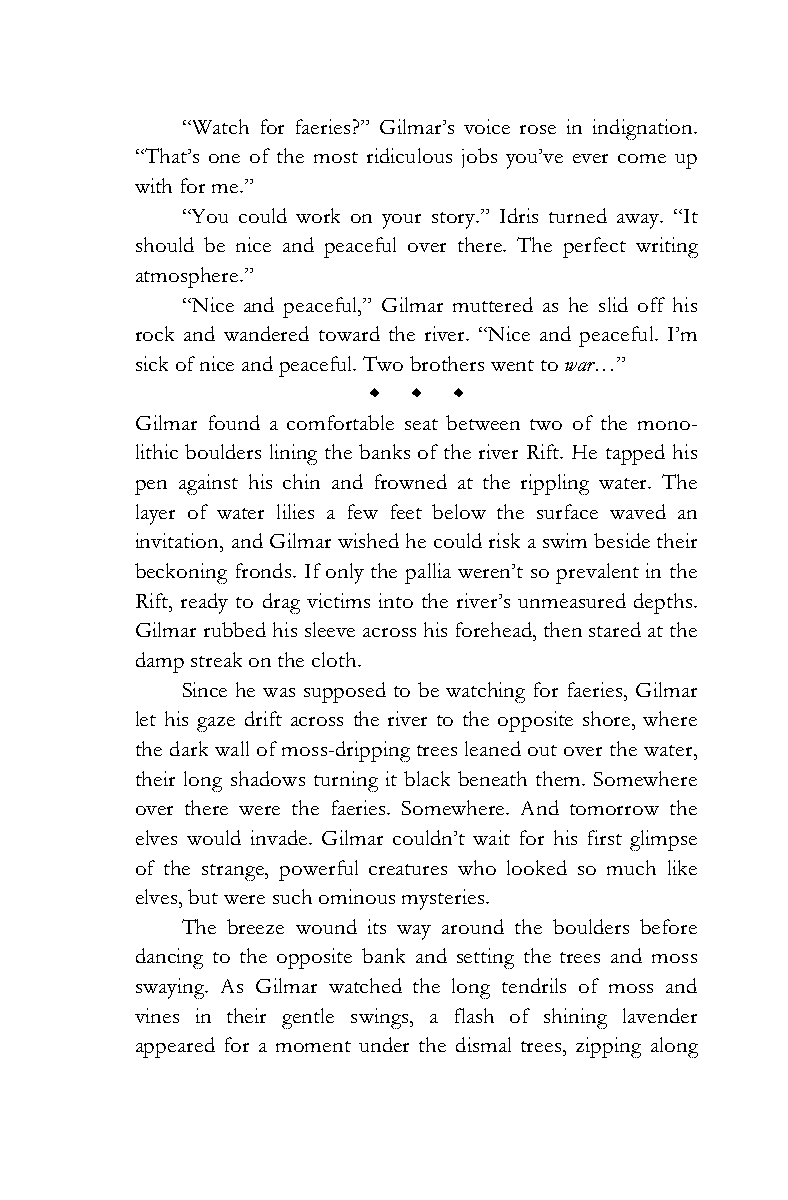
“Watch for faeries?” Gilmar’s voice rose in indignation.
 “That’s one of the most ridiculous jobs you’ve ever come up
 with for me.”
 “You could work on your story.” Idris turned away. “It
 should be nice and peaceful over there. The perfect writing
 atmosphere.”
 “Nice and peaceful,” Gilmar muttered as he slid off his
 rock and wandered toward the river. “Nice and peaceful. I’m
 sick of nice and peaceful. Two brothers went to war…”
 w w w
 Gilmar found a comfortable seat between two of the mono-
 lithic boulders lining the banks of the river Rift. He tapped his
 pen against his chin and frowned at the rippling water. The
 layer of water lilies a few feet below the surface waved an
 invitation, and Gilmar wished he could risk a swim beside their
 beckoning fronds. If only the pallia weren’t so prevalent in the
 Rift, ready to drag victims into the river’s unmeasured depths.
 Gilmar rubbed his sleeve across his forehead, then stared at the
 damp streak on the cloth.
 Since he was supposed to be watching for faeries, Gilmar
 let his gaze drift across the river to the opposite shore, where
 the dark wall of moss-dripping trees leaned out over the water,
 their long shadows turning it black beneath them. Somewhere
 over there were the faeries. Somewhere. And tomorrow the
 elves would invade. Gilmar couldn’t wait for his first glimpse
 of the strange, powerful creatures who looked so much like
 elves, but were such ominous mysteries.
 The breeze wound its way around the boulders before
 dancing to the opposite bank and setting the trees and moss
 swaying. As Gilmar watched the long tendrils of moss and
 vines in their gentle swings, a flash of shining lavender
 appeared for a moment under the dismal trees, zipping along